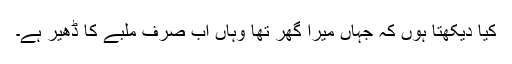
کیا دیکھتا ہوں کہ جہاں میرا گھر تھا وہاں اب صرف ملبے کا ڈھیر ہے۔